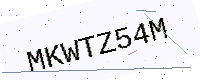
Text: MKWTZ54M